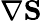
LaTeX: \nabla\mathbf{S}